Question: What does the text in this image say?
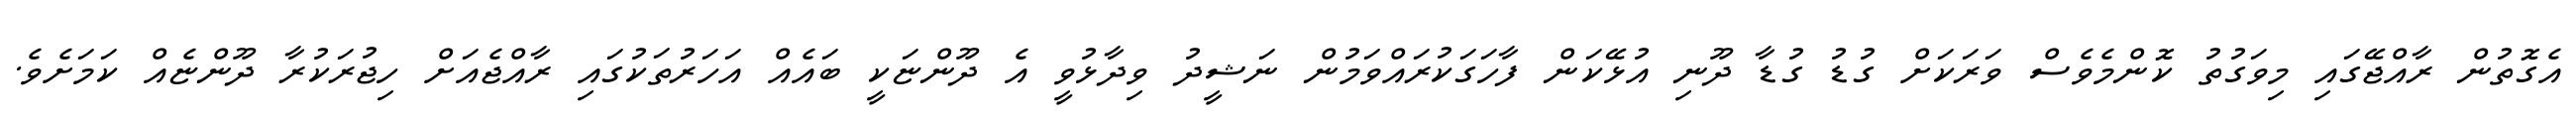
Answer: އެގޮތުން ރާއްޖޭގައި މިވަގުތު ކޮންމެވެސް ވަރަކަށް ގުޑު ގުޑާ ދޫނި އުޅޭކަން ފާހަގަކުރައްވަމުން ނަޝީދު ވިދާޅުވީ އެ ދޫންޏަކީ ބައެއް އަހަރުތަކުގައި ރާއްޖެއަށް ހިޖުރަކުރާ ދޫންޏެއް ކަމަށެވެ.